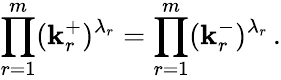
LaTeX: \prod_{r=1}^{m}(\mathbf{k}_{r}^{+})^{\lambda_{r}}=\prod_{r=1}^{m}(\mathbf{k}_{r}^{-})^{\lambda_{r}}\, .